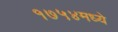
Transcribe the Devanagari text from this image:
१७५४मध्ये